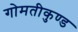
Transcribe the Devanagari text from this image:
गोमतीकुण्ड